Scottish Leaving Certificate Examination, 1957
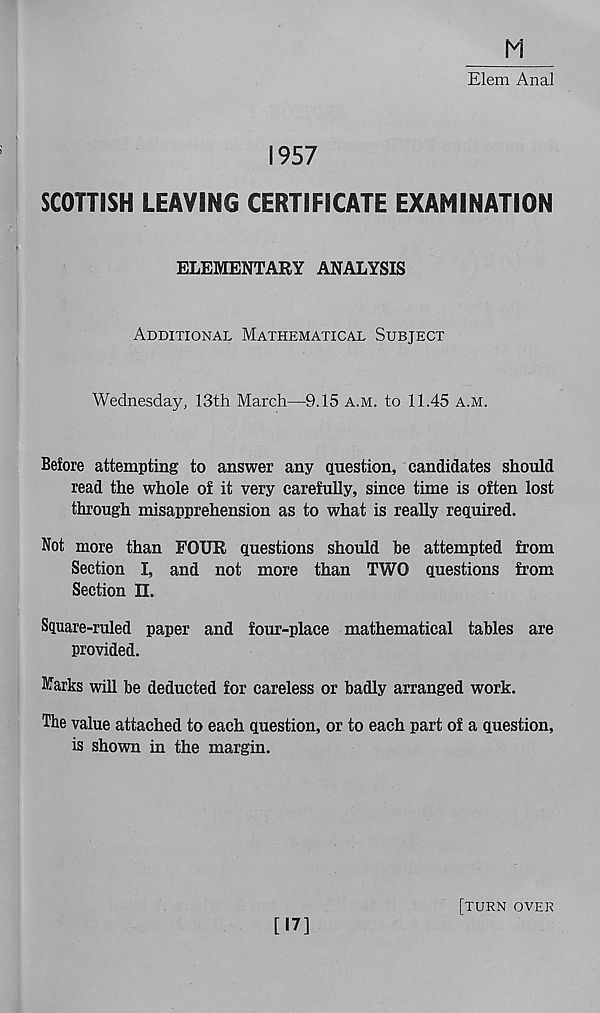
Elem Anal
1957
SCOTTISH LEAVING CERTIFICATE EXAMINATION
ELEMENTARY ANALYSIS
Additional Mathematical Subject
Wednesday, 13th March—9.15 a.m. to 11.45 a.m.
Before attempting to answer any question, candidates should
read the whole of it very carefully, since time is often lost
through misapprehension as to what is really required.
Not more than FOUR questions should he attempted from
Section I, and not more than TWO questions from
Section II.
Square-ruled paper and four-place mathematical tables are
provided.
Marks will be deducted for careless or badly arranged work.
The value attached to each question, or to each part of a question,
is shown in the margin.
[17]
[turn over